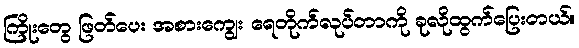
ကြိုးတွေ ဖြတ်ပေး အစားကျွေး ရေတိုက်လုပ်တာကို ခုလိုထွက်ပြေးတယ်။